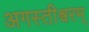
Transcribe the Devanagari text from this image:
अगस्तीश्वरम्